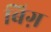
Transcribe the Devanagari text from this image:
बिग़